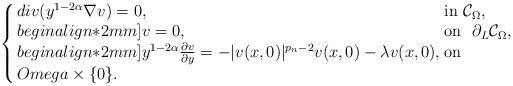
LaTeX: \begin{align*}\left\{ \arraycolsep=1.5pt\begin{array}{lll}div(y^{1-2\alpha}\nabla v) = 0, & {\rm in}\ \mathcal{C}_\Omega,\\begin{align*}2mm]v = 0, & {\rm on}\ \ \partial_L \mathcal{C}_\Omega,\\begin{align*}2mm]y^{1-2\alpha}\frac {\partial v}{\partial y} = - |v(x,0)|^{p_n-2}v(x,0) - \lambda v(x,0), & {\rm on}\ \\Omega\times \{0\}. \end{array} \right. \end{align*}